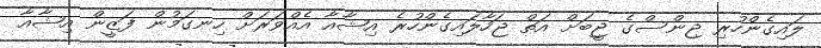
ލައިގެންހުރި ޖިންސްގެ ޖީބަށް އަތް ޖަހާލައިގެންހުރެ އިޝާއާ އެއްވަރަށް ހިނގަމުން ފަޒީން އިޝާއާ